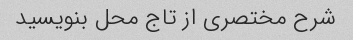
شرح مختصری از تاج محل بنویسید